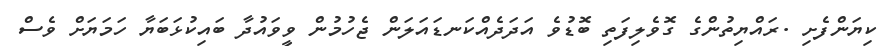
ކިޔަންފެށި .ރައްޔިތުންގެ ގޮވެލިފަތި ބޮޑުވެ އަދަދެއްކަނޑައަލަން ޖެހުމުން ވީވައުދާ ބައިކުޅަބަޔާ ހަމަޔަށް ވެސް